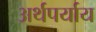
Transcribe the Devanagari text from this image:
अर्थपर्याय